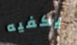
يكفيه